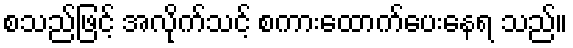
စသည်ဖြင့် အလိုက်သင့် စကားထောက်ပေးနေရ သည်။